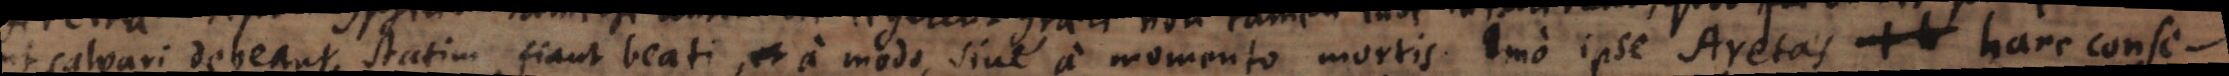
ut salvari debeant, statim fiant beati, a modo, sive a momento mortis. Imo ipse Aretas hanc conse-